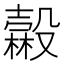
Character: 𣫓